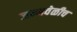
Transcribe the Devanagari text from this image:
जन्मवेळीच